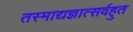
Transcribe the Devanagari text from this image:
तस्माद्यज्ञात्सर्वहुत